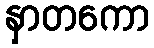
နှာတကော